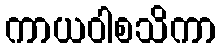
ကာယဝါစသိကာ